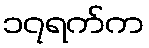
၁၇ရက်က